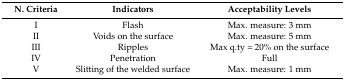
| N. Criteria | Indicators | Acceptability Levels |
 | --- | --- | --- |
 | I | Flash | Max. measure: 3 mm |
 | II | Voids on the surface | Max. measure: 5 mm |
 | III | Ripples | Max q.ty = 20% on the surface |
 | IV | Penetration | Full |
 | V | Slitting of the welded surface | Max. measure: 1 mm |